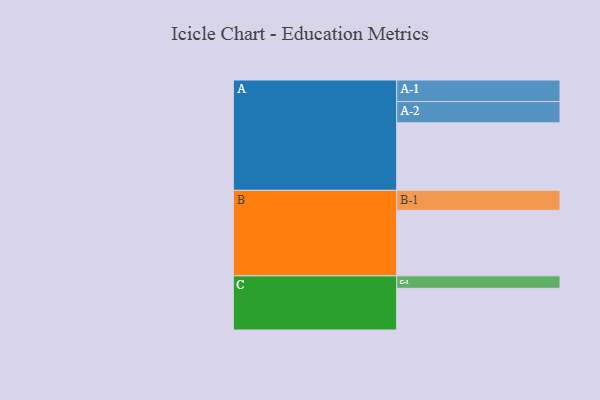
{"axis": {"x": "Segment", "y": "Value"}, "legend": ["", "A", "B", "C"], "data": [{"x": "A", "y": 592, "type": ""}, {"x": "B", "y": 575, "type": ""}, {"x": "C", "y": 366, "type": ""}, {"x": "A-1", "y": 189, "type": "A"}, {"x": "A-2", "y": 187, "type": "A"}, {"x": "B-1", "y": 175, "type": "B"}, {"x": "C-1", "y": 109, "type": "C"}]}